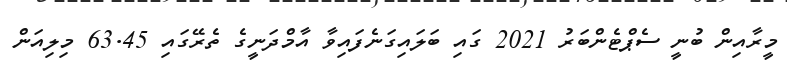
މީރާއިން ބުނީ ސެޕްޓެންބަރު 2021 ގައި ބަލައިގަނެފައިވާ އާމްދަނީގެ ތެރޭގައި 63.45 މިލިއަން